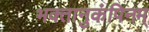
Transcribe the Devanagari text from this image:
भक्तानुकंपिनम्